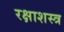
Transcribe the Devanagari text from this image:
रक्षाशस्त्र